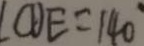
\angle C D E = 1 4 0 ^ { \circ }